system: You are a helpful assistant.
user:
Analyze the provided spectrum to determine if it is a **White Dwarf (WD)**.

A White Dwarf spectrum is defined by its **extreme purity** (due to gravitational settling) and/or **extreme pressure broadening** (due to high surface gravity). You must check for one of the following mutually exclusive signatures:

- **Key Visual Indicators (Check for ONE of these types):**

    - **1. DA-Type Signature (Most Common):**
        - **(Primary Feature):** Extreme pressure broadening (Stark broadening) of the **Hydrogen (H) Balmer lines**.
        - **(Key Lines):** $H\beta$ (approx. $4861$ Å) and $H\gamma$ (approx. $4340$ Å). $H\alpha$ (approx. $6563$ Å) will also be present if the wavelength range covers it.
        - **(Line Profile):** This is the **defining feature**. The lines are **NOT** sharp. They appear as massive, **extremely broad and deep "troughs" or "dips"** in the spectrum, often hundreds of Ångströms wide. The continuum will appear to "scoop" down at these wavelengths.
        - **(Distinction):** Normal A-type or B-type stars have *narrow* and *sharp* Hydrogen lines. A DA White Dwarf's lines are unmistakably "smeared" or "blurry" from pressure.

    - **2. DB-Type Signature:**
        - **(Primary Feature):** Broad absorption lines from **Neutral Helium (He I)**. The spectrum must lack any visible Hydrogen lines.
        - **(Key Lines):** Look for broad absorption near $4471$ Å, $4921$ Å, and $5876$ Å.
        - **(Line Profile):** These lines are also significantly pressure-broadened, appearing much wider than they would in a normal B-type main-sequence star.

    - **3. DC-Type Signature:**
        - **(Primary Feature):** A **featureless continuous spectrum**.
        - **(Line Profile):** The spectrum is a smooth curve with **no significant absorption or emission lines**.
        - **(Key Confirmation):** The continuum is almost always **blue or white**, indicating a hot object. This signature implies the atmosphere is so pure (or so cool) that no spectral lines are visible in the optical range. Its WD identity is confirmed by its extremely low intrinsic brightness (high absolute magnitude).

    - **4. DZ-Type Signature (Metal-Polluted):**
        - **(Primary Feature):** **Isolated, narrow metal absorption lines** on an otherwise featureless (DC-like) continuum.
        - **(Key Lines):** The **Calcium (Ca II) H & K doublet** (approx. **$3934$ Å** and **$3968$ Å**) is the most common and defining feature.
        - **(Line Profile):** These lines are "out of place." They are *not* part of a "forest" of thousands of lines. This signature is evidence of recent *accretion* (pollution) from rocky debris.
        - **(Distinction):** Normal G/K/M stars have a *dense forest* of thousands of metal lines. A DZ has a *clean* continuum with *only a few* strong metal lines.

    - **5. DQ-Type Signature (Carbon-Polluted):**
        - **(Primary Feature):** Absorption bands from **Carbon (C₂ "Swan Bands" or atomic C I)**.
        - **(Key Lines - C₂):** Look for bandheads with a "saw-tooth" shape near $5635$ Å, **$5165$ Å** (strongest), and $4737$ Å.
        - **(Key Confirmation):** The underlying **continuum must be blue or white** (hot).
        - **(Distinction):** This is the critical difference from a **Carbon Star**, which has the *exact same* C₂ bands but on an extremely **red, cool** continuum.

- **(Overall Spectrum):**
    - The continuum (overall shape) is typically **blue-sloping** (brighter in the blue than the red), as most white dwarfs are very hot.
    - The spectrum will look "pure" or "simple," dominated by only *one* of the five signatures listed above.

Think first, call **spectral_visualization_tool** if needed to examine features in detail, then provide your final answer. Your response must adhere to the following strict rules:
1.  **Overall Structure:** Your response must follow the format `<think>...</think> <tool_call>...</tool_call> (if a tool is used) <answer>...</answer>`.
2.  **Tool Usage Constraint:** You may only make **one** tool call per turn.
3.  **Final Answer Format:** In the `<answer>` tag, your conclusion must be inside a `\boxed{}` command (e.g., `\boxed{YES}` or `\boxed{NO}`), followed by your justification.

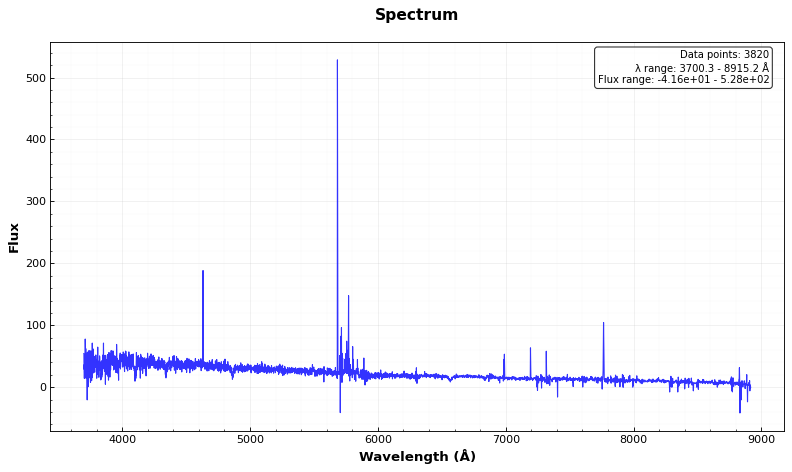
Answer: YES